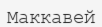
Маккавей